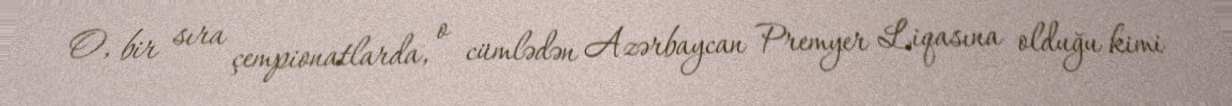
O, bir sıra çempionatlarda, o cümlədən Azərbaycan Premyer Liqasına olduğu kimi